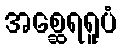
အစ္ဆေရရူပံ